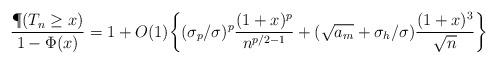
LaTeX: \begin{align*}\frac{ \P(T_n\geq x)}{1-\Phi(x)}=1 + O(1) \biggl\{ ( \sigma_p /\sigma)^p \frac{(1+x)^{p} }{n^{ p/2 -1 } } +( \sqrt{a_m}+\sigma_h/\sigma) \frac{(1+x)^3}{\sqrt{n}} \biggr\} \end{align*}